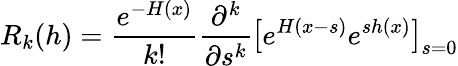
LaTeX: R_{k}(h)={\frac{e^{-H(x)}}{k!}}{\frac{\partial^{k}}{\partial s^{k}}}\mathrm{\large[}e^{H(x-s)}e^{sh(x)}\mathrm{\large]}_{s=0}